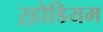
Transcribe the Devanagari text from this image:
ऱ्होडियम